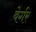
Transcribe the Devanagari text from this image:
बेर्गर